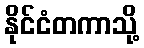
နိုင်ငံတကာသို့